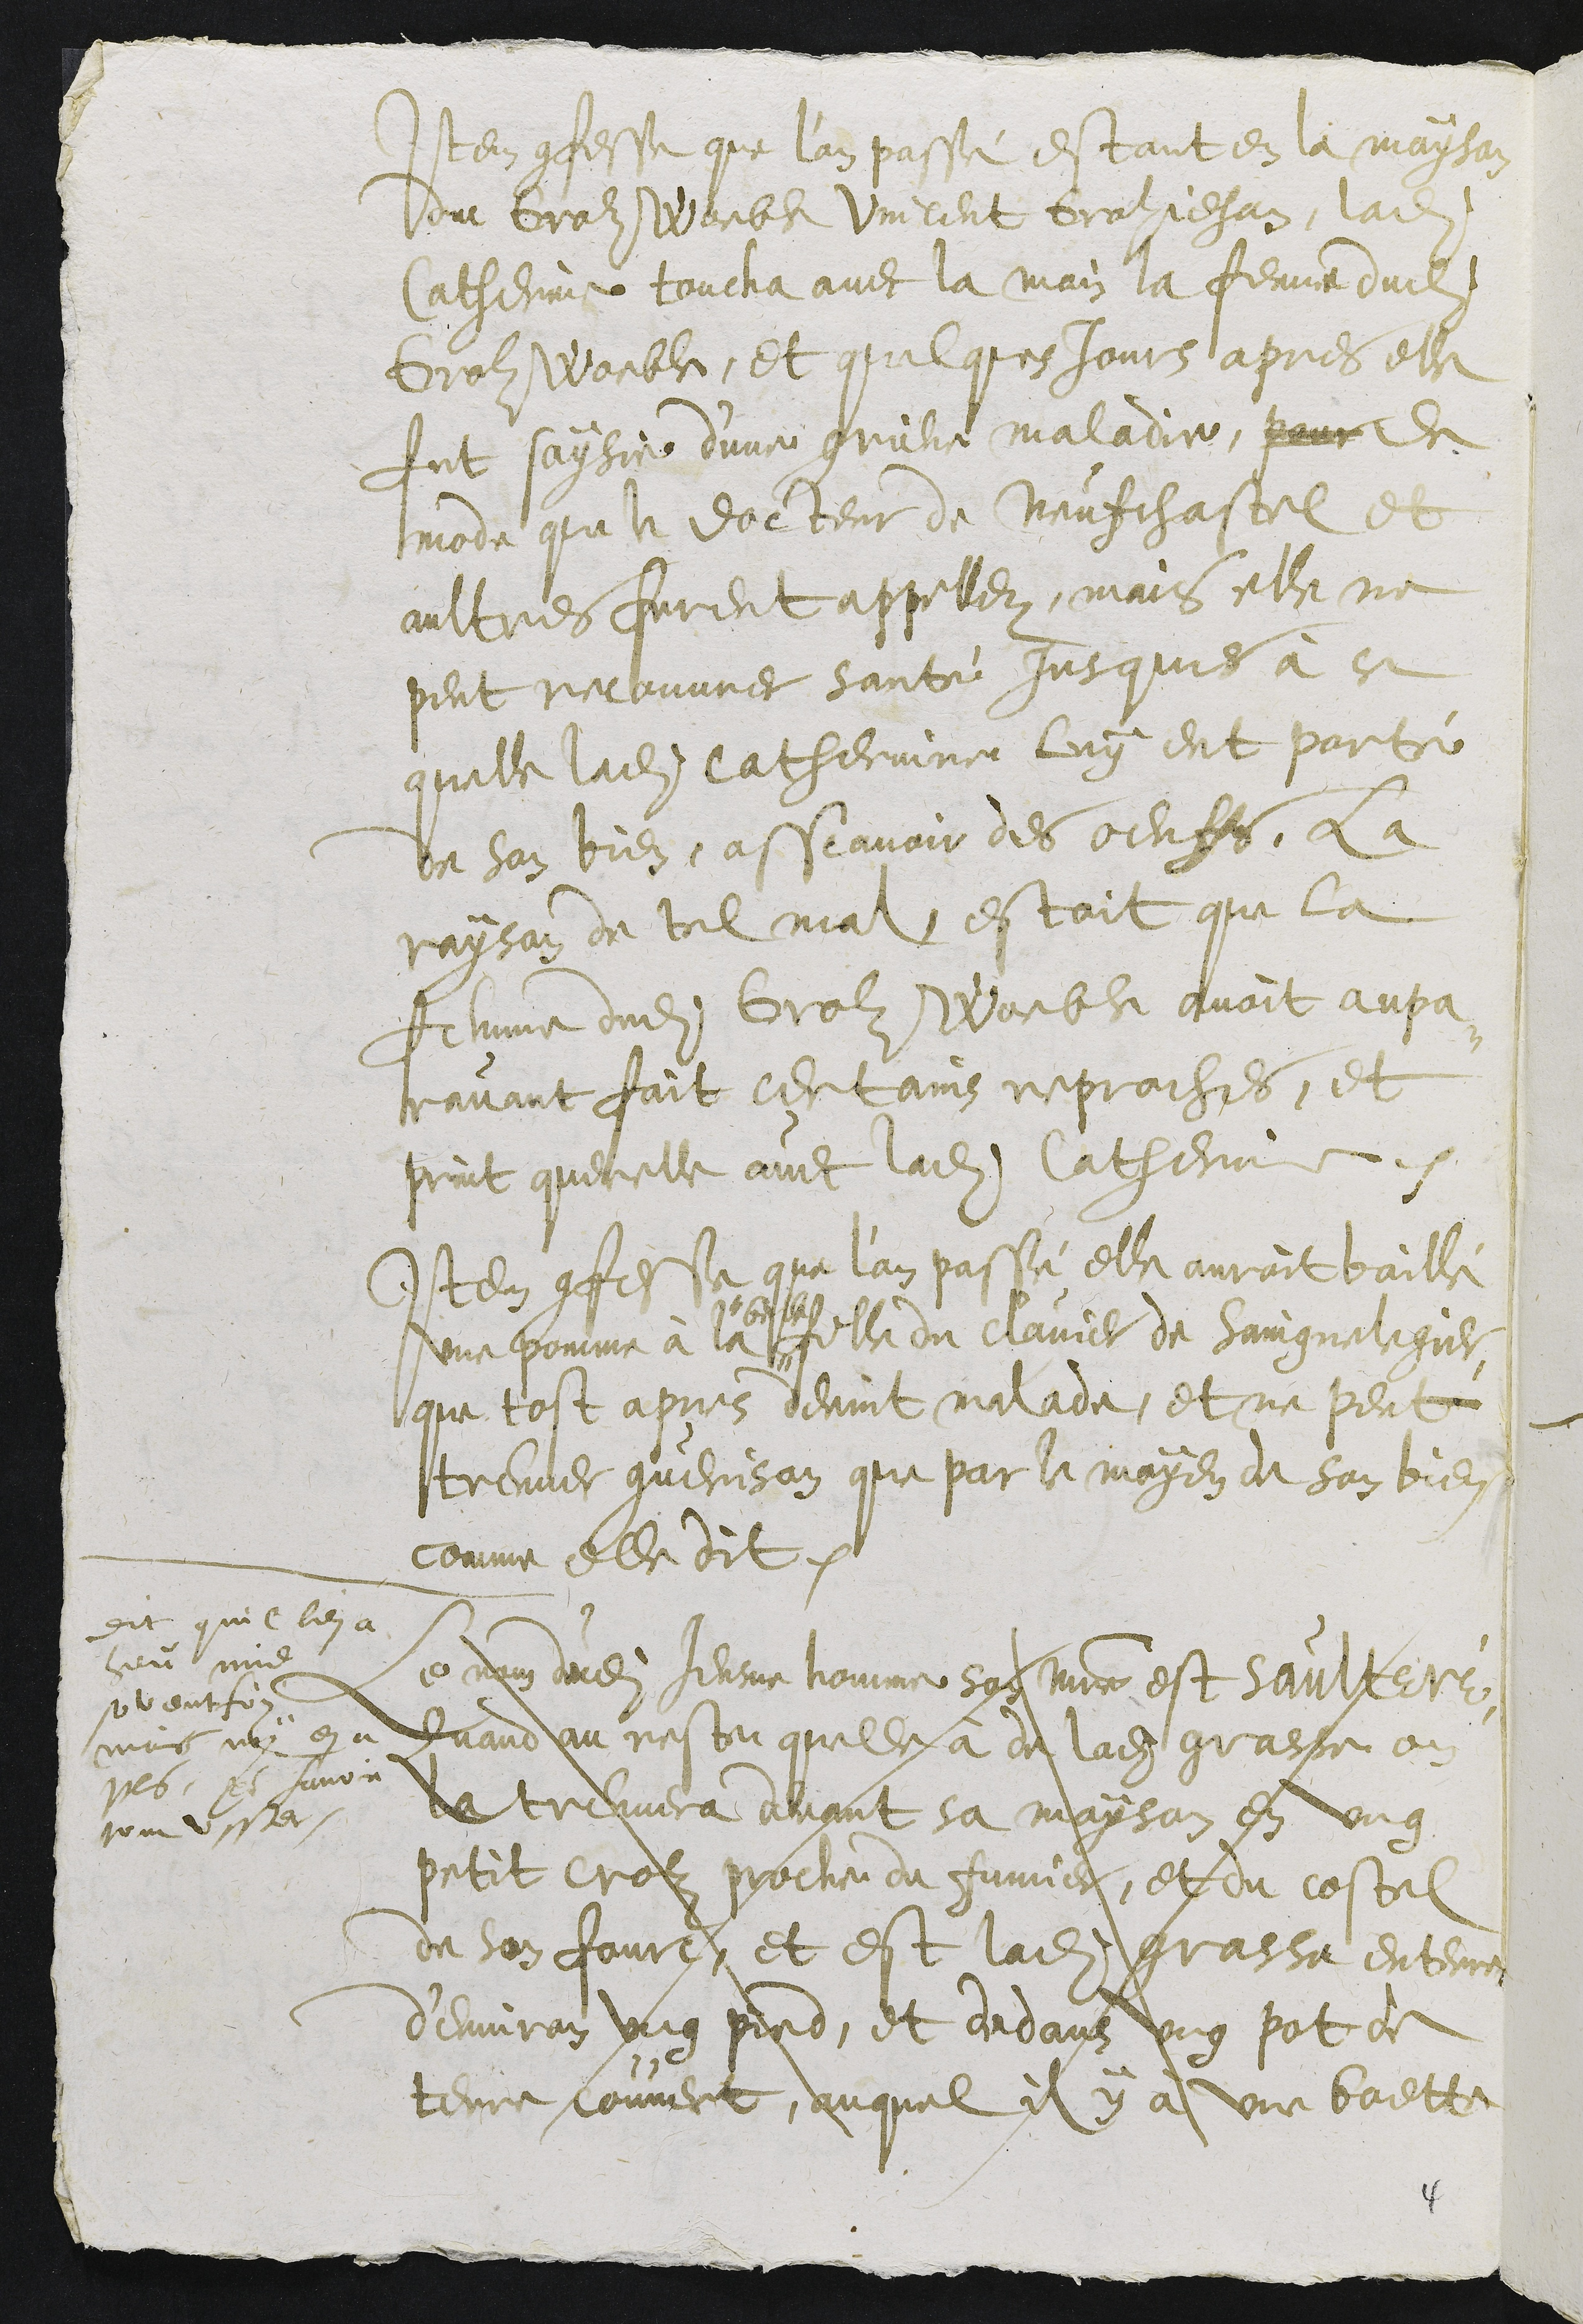
Item confesse que l'an passé estant en la mayson
du Groz Woeble Vincent Grolzjehan, ladite
Catherinne toucha avec la main la femme dudit
Grolz Woeble, et quelques jours apres elle
fut saysie d'une grieve maladie, pour de
mode que le docteur de Neufchastel et
aultres furent appellez, mais elle ne
peut recouvrer santé jusques à ce
quelle ladite Catherinne luy eut porté
de son bien, assavoir des oeuffs, la
rayson de tel mal, estoit que la
femme dudit Grolz Woeble avoit aupa¬
ravant fait certains reproches, et
print querelle avec ladite Catherinne.
Item confesse que l'an passé elle auroit baillé
une pomme à la
" belle
fille du clavier de Saingnelegier,
que tost apres devint malade, et ne peut
treuver guerison que par le moyen de son bien
comme elle dit.
Le nom dudit Jeusne homme son maistre est saulteré,
Quand au reste quelle à de ladite grasse on
la treuvera devant sa mayson en ung
petit crolz proche du fumier, et du costel
en son foure, et est ladite grasse enterre
d'environ ung pied, et dedans ung pot de
tenue couvert, auquel il y a une boette
dit quil len a
heu mie
soventfois
mais ny en a
plus, pour lavoir
tout usser.

4